Annual administration and progress report of the Indian Medical Department, Bombay
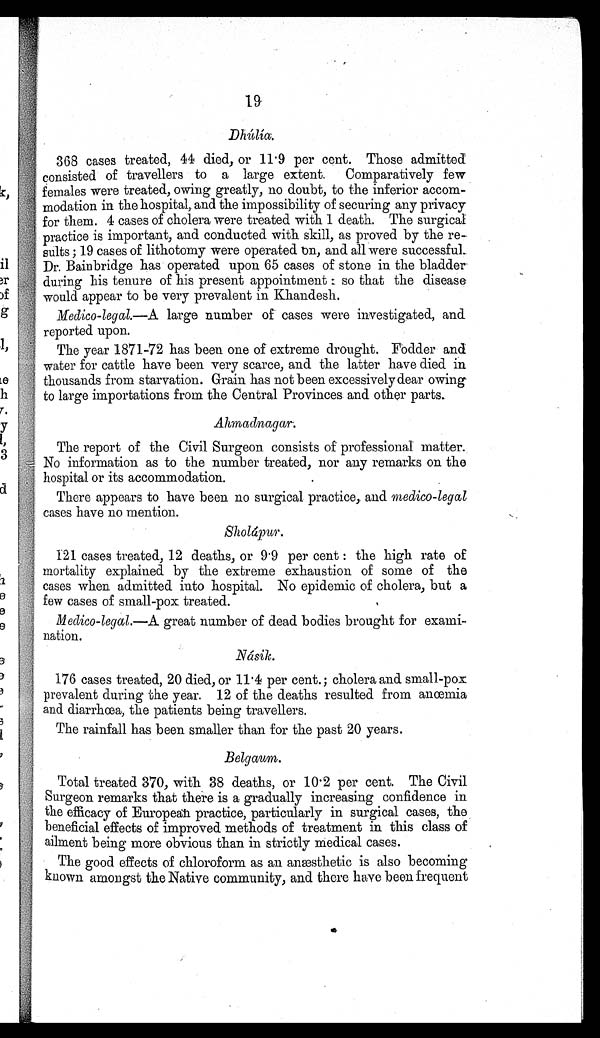
19
368 cases treated, 44 died, or 11.9 per cent. Those admitted
consisted of travellers to a large extent. Comparatively few
females were treated, owing greatly, no doubt, to the inferior accom-
modation in the hospital, and the impossibility of securing any privacy
for them. 4 cases of cholera were treated with 1 death. The surgical
practice is important, and conducted with skill, as proved by the re-
sults ;19 cases of lithotomy were operated on, and all were successful.
Dr. Bainbridge has operated upon 65 cases of stone in the bladder
during his tenure of his present appointment : so that the disease
would appear to be very prevalent in Khandesh.
Medico-legal.—A large number of cases were investigated, and
reported upon.
The year 1871-72 has been one of extreme drought. Fodder and
water for cattle have been very scarce, and the latter have died in
thousands from starvation. Grain has not been excessively dear owing
to large importations from the Central Provinces and other parts.
Ahmadnagar.
The report of the Civil Surgeon consists of professional matter.
No information as to the number treated, nor any remarks on the
hospital or its accommodation.
There appears to have been no surgical practice, and medico-legal
cases have no mention.
Sholápur.
121 cases treated, 12 deaths, or 9.9 per cent : the high rate of
mortality explained by the extreme exhaustion of some of the
cases when admitted into hospital. No epidemic of cholera, but a
few cases of small-pox treated.
Medico-legal.—A great number of dead bodies brought for exami-
nation.
Násik.
176 cases treated, 20 died, or 11.4 per cent.; cholera and small-pox
prevalent during the year. 12 of the deaths resulted from anœmia
and diarrhœa, the patients being travellers.
The rainfall has been smaller than for the past 20 years.
Belgaum.
Total treated 370, with 38 deaths, or 10.2 per cent. The Civil
Surgeon remarks that there is a gradually increasing confidence in
the efficacy of European practice, particularly in surgical cases, the
beneficial effects of improved methods of treatment in this class of
ailment being more obvious than in strictly medical cases.
The good effects of chloroform as an anæsthetic is also becoming
known amongst the Native community, and there have been frequent